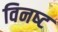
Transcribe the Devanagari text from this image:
विनष्‍ट